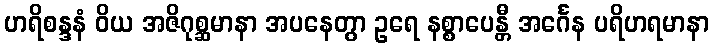
ဟရိစန္ဒနံ ဝိယ အဇိဂုစ္ဆမာနာ အပနေတွာ ဥရေ နစ္စာပေန္တီ အင်္ဂေန ပရိဟရမာနာ